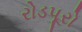
રોડપૂરો